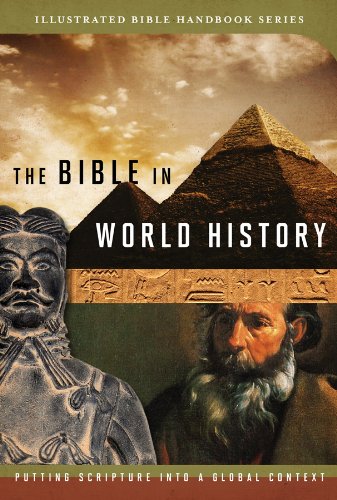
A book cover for The Bible In World History (Illustrated Bible Handbook Series); Dr. Stephen Leston; Christian Books & Bibles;